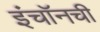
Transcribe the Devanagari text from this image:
इंचॉनची